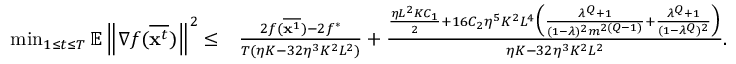
\begin{array} { r l } { \operatorname* { m i n } _ { 1 \le t \le T } \mathbb { E } \left\| \nabla f ( \overline { { \mathbf { x } ^ { t } } } ) \right\| ^ { 2 } \leq } & { \frac { 2 f ( \overline { { { \bf x } ^ { 1 } } } ) - 2 f ^ { * } } { T ( \eta K - 3 2 \eta ^ { 3 } K ^ { 2 } L ^ { 2 } ) } + \frac { \frac { \eta L ^ { 2 } K C _ { 1 } } { 2 } + 1 6 C _ { 2 } \eta ^ { 5 } K ^ { 2 } L ^ { 4 } \Big ( \frac { \lambda ^ { Q } + 1 } { ( 1 - \lambda ) ^ { 2 } m ^ { 2 ( Q - 1 ) } } + \frac { \lambda ^ { Q } + 1 } { ( 1 - \lambda ^ { Q } ) ^ { 2 } } \Big ) } { \eta K - 3 2 \eta ^ { 3 } K ^ { 2 } L ^ { 2 } } . } \end{array}